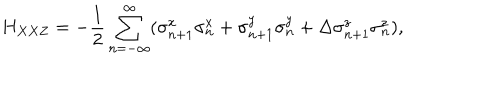
H _ { X X Z } = - \frac { 1 } { 2 } \sum _ { n = - \infty } ^ { \infty } ( \sigma _ { n + 1 } ^ { x } \sigma _ { n } ^ { x } + \sigma _ { n + 1 } ^ { y } \sigma _ { n } ^ { y } + \Delta \sigma _ { n + 1 } ^ { z } \sigma _ { n } ^ { z } ) ,